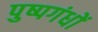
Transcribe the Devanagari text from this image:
पुष्पगंधों